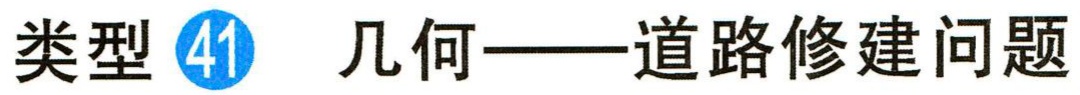
类型 \textcircled{41} 几何——道路修建问题